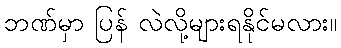
ဘဏ်မှာ ပြန် လဲလို့များရနိုင်မလား။